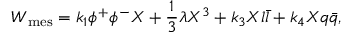
W _ { \mathrm { m e s } } = k _ { 1 } \phi ^ { + } \phi ^ { - } X + \frac { 1 } { 3 } \lambda X ^ { 3 } + k _ { 3 } X l \bar { l } + k _ { 4 } X q \bar { q } ,